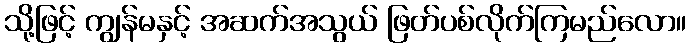
သို့ဖြင့် ကျွန်မနှင့် အဆက်အသွယ် ဖြတ်ပစ်လိုက်ကြမည်လော။